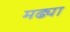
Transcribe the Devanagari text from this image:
मढ्या